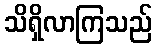
သိရှိလာကြသည်